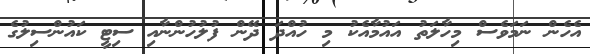
އެހެން ނަމަވެސް މިހާލަތު އައުމާއެކު މި ހުއްދަ ދޭން ފުލުހުންނާއި ސިޓީ ކައުންސިލުގެ